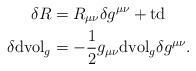
LaTeX: \begin{align*}\delta R&=R_{\mu\nu}\delta g^{\mu\nu}+\mathrm{td}\\\delta\mathrm{dvol}_g&=-\frac{1}{2}g_{\mu\nu}\mathrm{dvol}_g\delta g^{\mu\nu}.\end{align*}